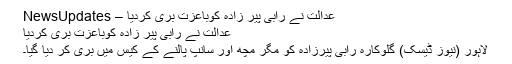
عدالت نے رابی پیر زادہ کوباعزت بری کردیا – NewsUpdates
عدالت نے رابی پیر زادہ کوباعزت بری کردیا
لاہور (نیوز ڈیسک) گلوکارہ رابی پیرزادہ کو مگر مچھ اور سانپ پالنے کے کیس میں بری کر دیا گیا۔